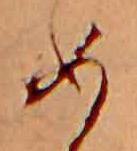
め